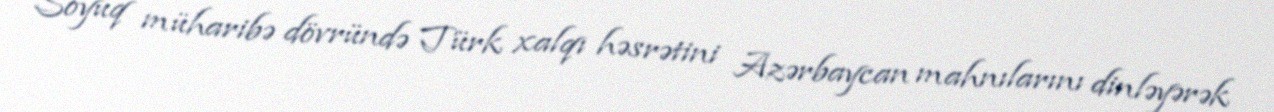
Soyuq müharibə dövründə Türk xalqı həsrətini Azərbaycan mahnılarını dinləyərək